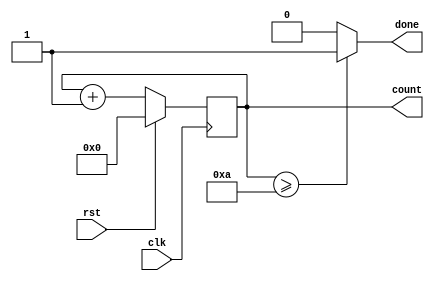
module counter #(
    parameter COUNT_NUMBER = 10
)
(
    input clk, rst,
    output reg [4:0] count,
    output done
);

always @(posedge clk) begin
    if(rst)
       count <= 0;
    else 
       count <= count + 1;
end

assign done = (count >= COUNT_NUMBER)? 1: 0;

endmodule